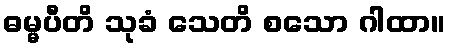
ဓမ္မပီတိ သုခံ သေတိ စသော ဂါထာ။